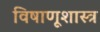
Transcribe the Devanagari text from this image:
विषाणूशास्त्र